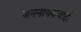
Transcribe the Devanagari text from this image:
जननायकवादी